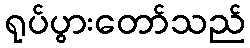
ရုပ်ပွားတော်သည်